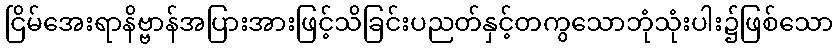
ငြိမ်အေးရာနိဗ္ဗာန်အပြားအားဖြင့်သိခြင်းပညတ်နှင့်တကွသောဘုံသုံးပါး၌ဖြစ်သော